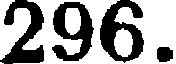
296.